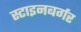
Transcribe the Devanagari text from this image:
स्टाइनबर्गर